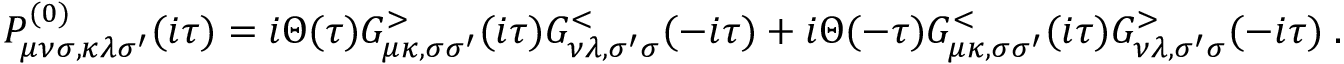
P _ { \mu \nu \sigma , \kappa \lambda \sigma ^ { \prime } } ^ { ( 0 ) } ( i \tau ) = i \Theta ( \tau ) G _ { \mu \kappa , \sigma \sigma ^ { \prime } } ^ { > } ( i \tau ) G _ { \nu \lambda , \sigma ^ { \prime } \sigma } ^ { < } ( - i \tau ) + i \Theta ( - \tau ) G _ { \mu \kappa , \sigma \sigma ^ { \prime } } ^ { < } ( i \tau ) G _ { \nu \lambda , \sigma ^ { \prime } \sigma } ^ { > } ( - i \tau ) \; .